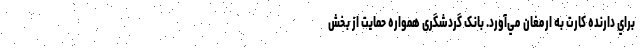
براي دارنده كارت به ارمغان مي‌آورد. بانک گردشگری همواره حمایت از بخش